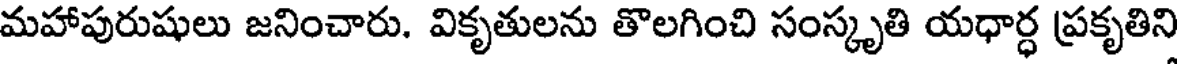
మహాపురుషులు జనించారు. వికృతులను తొలగించి సంస్కృతి యధార్ధ ప్రకృతిని